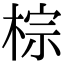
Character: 棕